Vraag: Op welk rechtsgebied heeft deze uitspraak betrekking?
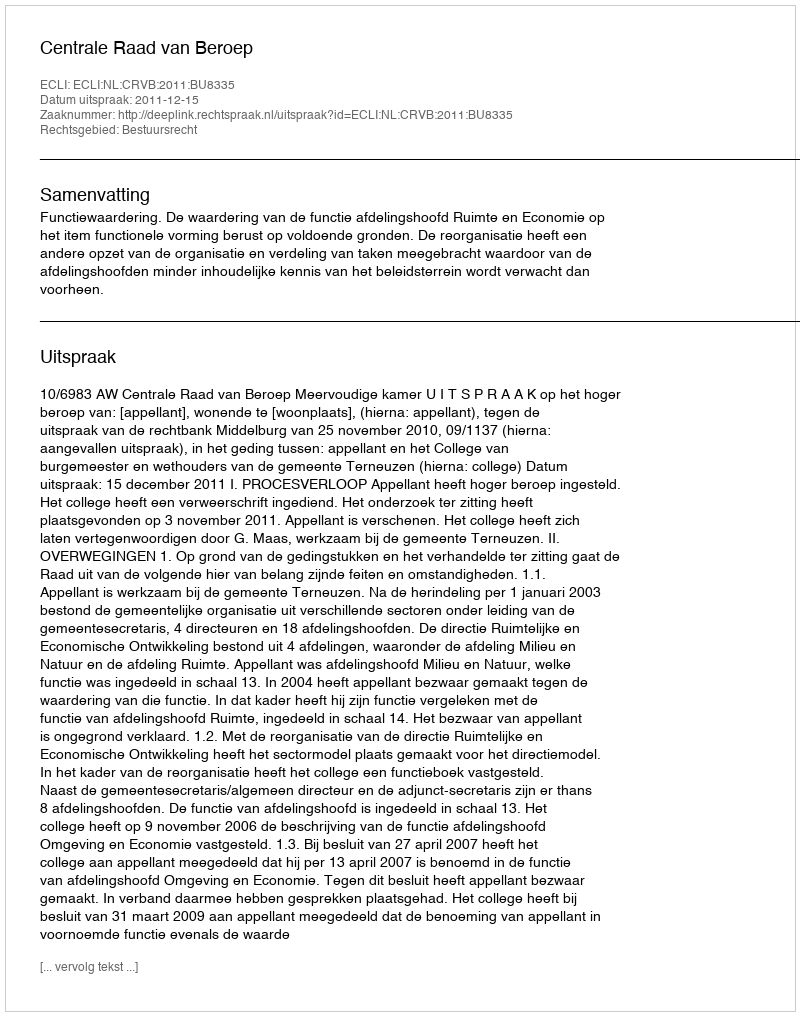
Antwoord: Bestuursrecht